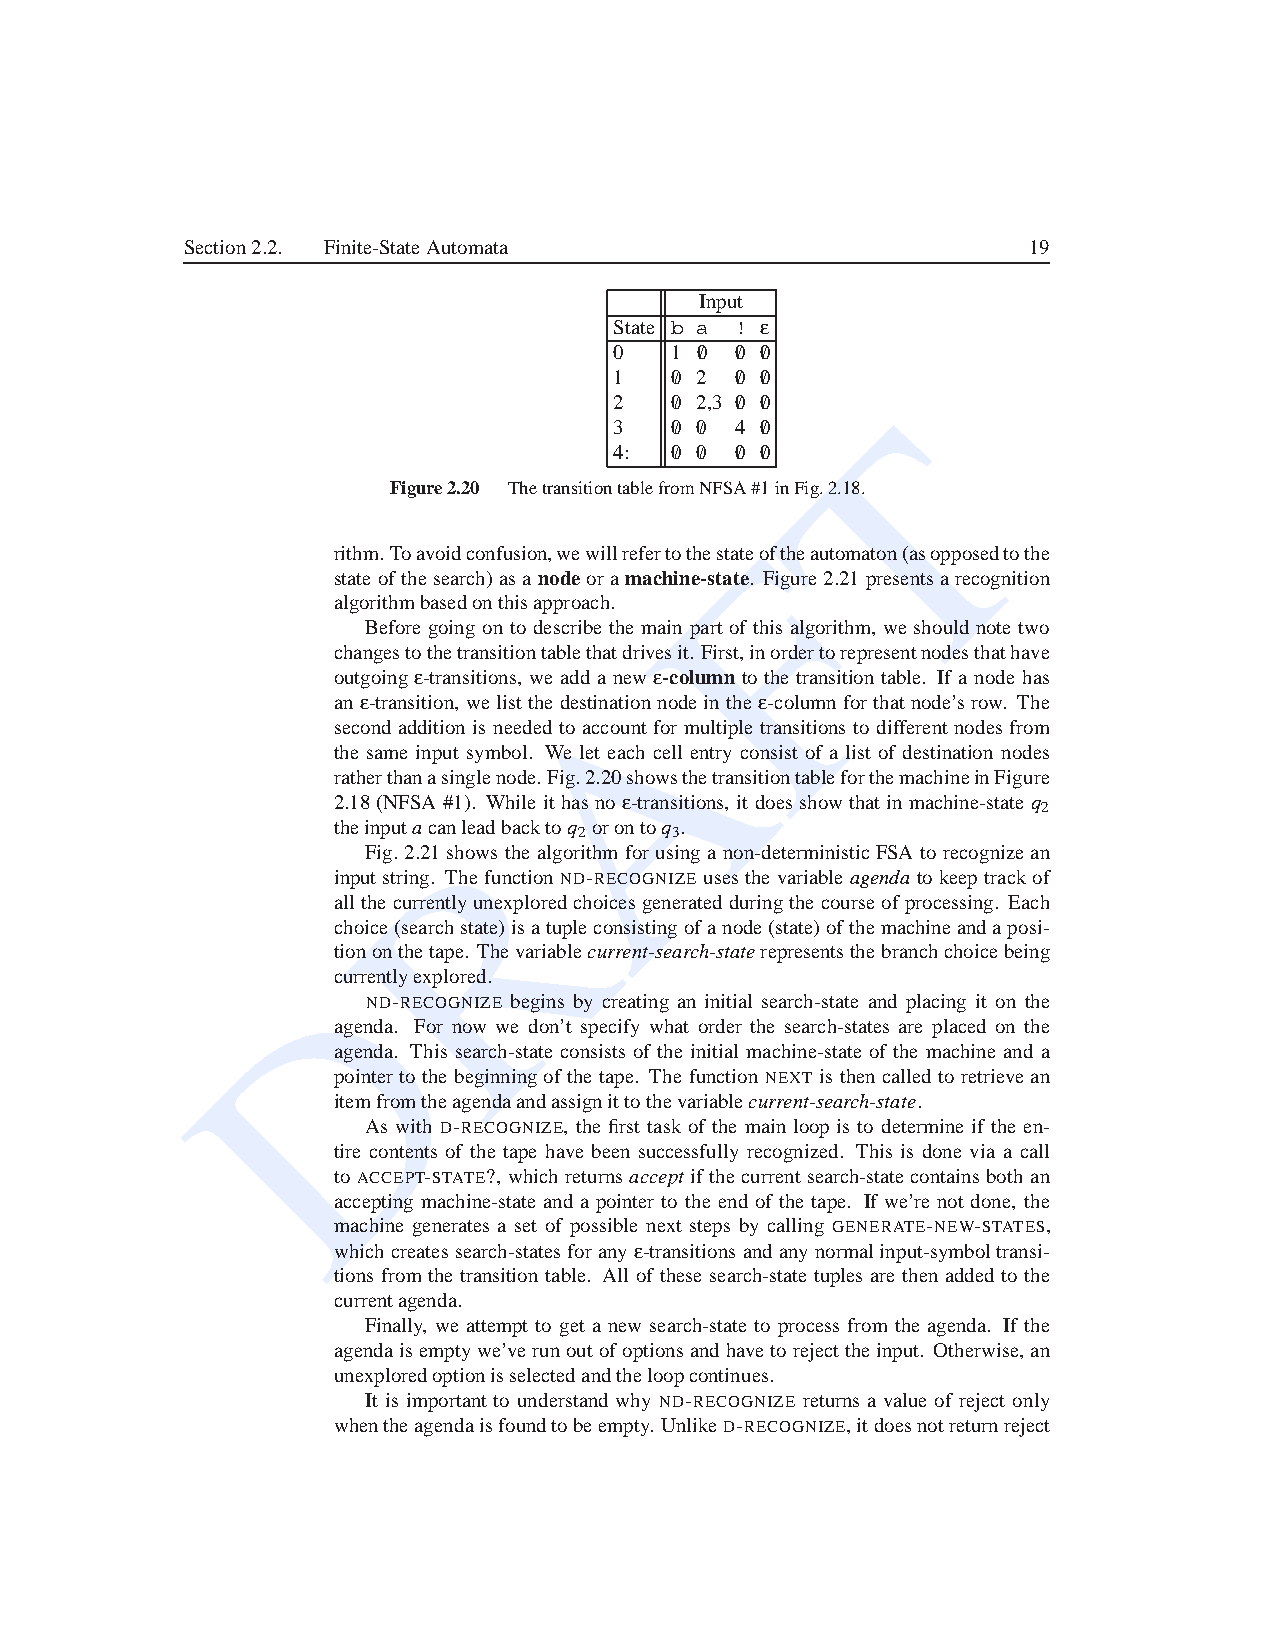
Section2.2. Finite-StateAutomata                        19
 Input
 State b a ! e
 0  1 0/ 0/ 0/
 1  0/ 2 0/ 0/
 2  0/ 2,3 0/ 0/  T
 3  0/ 0/ 4 0/
 4: 0/ 0/ 0/ 0/
 Figure2.20 ThetransitiontablefromNFSA#1inFig.2.18.
 F
 rithm.Toavoidconfusion,wewillrefertothestateoftheautomaton(asopposedtothe
 state ofthesearch)asa nodeora machine-state. Figure2.21presentsarecognition
 algorithmbasedonthisapproach.
 Before going on to describe the main part of this algorithm, we should note two
 changestothetransitiontablethatdrivesit. First,inordertorepresentnodesthathave
 A
 outgoinge -transitions, we add a new e -column to the transition table. If a node has
 an e -transition, we list the destinationnodein the e -columnforthatnode’srow. The
 second addition is needed to account for multiple transitions to differentnodes from
 the same input symbol. We let each cell entry consist of a list of destination nodes
 ratherthanasinglenode.Fig.2.20showsthetransitiontableforthemachineinFigure
 2.18(NFSA #1). While it hasno e -transitions, it doesshow thatin machine-stateq
 2
 R
 theinputacanleadbacktoq orontoq .
 2     3
 Fig. 2.21 shows the algorithmfor using a non-deterministicFSA to recognizean
 inputstring. The function ND-RECOGNIZE usesthe variableagendato keep trackof
 allthe currentlyunexploredchoicesgeneratedduringthecourseof processing. Each
 choice(searchstate)isatupleconsistingofanode(state)ofthemachineandaposi-
 tiononthetape. Thevariablecurrent-search-staterepresentsthebranchchoicebeing
 D
 currentlyexplored.
 ND-RECOGNIZE begins by creating an initial search-state and placing it on the
 agenda. For now we don’t specify what order the search-states are placed on the
 agenda. This search-state consists of the initial machine-state of the machine and a
 pointer to the beginningof the tape. The function NEXT is then called to retrieve an
 itemfromtheagendaandassignittothevariablecurrent-search-state.
 As with D-RECOGNIZE, the first task of the main loop is to determine if the en-
 tire contents of the tape have been successfully recognized. This is done via a call
 to ACCEPT-STATE?, which returnsacceptif the currentsearch-state containsboth an
 accepting machine-state and a pointer to the end of the tape. If we’re not done, the
 machine generates a set of possible next steps by calling GENERATE-NEW-STATES,
 whichcreatessearch-statesforanye -transitionsandanynormalinput-symboltransi-
 tions from the transition table. All of these search-state tuples are then added to the
 currentagenda.
 Finally, we attempt to get a new search-state to process from the agenda. If the
 agendaisemptywe’verunoutofoptionsandhaveto rejecttheinput. Otherwise, an
 unexploredoptionisselectedandtheloopcontinues.
 It is important to understand why ND-RECOGNIZE returns a value of reject only
 whentheagendaisfoundtobeempty. UnlikeD-RECOGNIZE,itdoesnotreturnreject